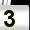
Digit: 3